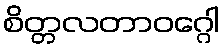
စိတ္တလတာဝဂ္ဂေါ